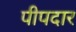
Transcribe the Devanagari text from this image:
पीपदार